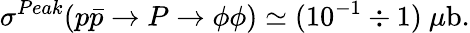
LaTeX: \sigma^{Peak}(p\bar{p}\to P\to\phi\phi)\simeq(10^{-1}\div 1)~\mu\mathrm{b}.